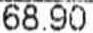
68.90